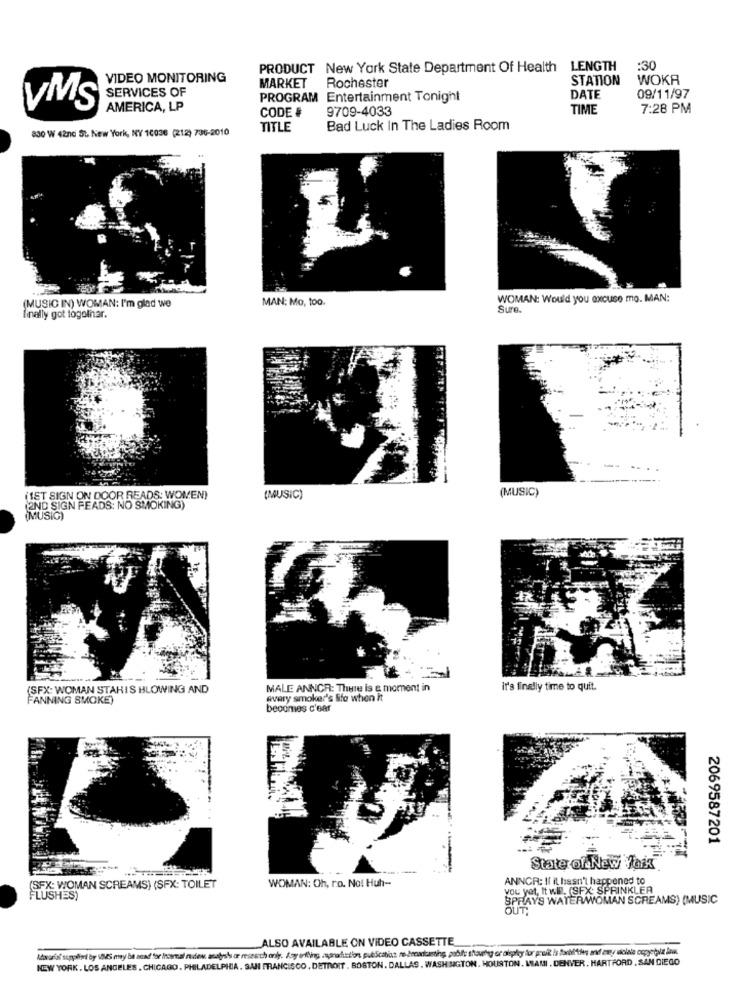
PRODUCT New York State Department Of Health LENGTH
:30
VIDEO MONITORING
Rochester
STATION
WOKA
MARKET
SERVICES OF
PROGRAM Entertainment Tonight
DATE
09/11/97
VMS
AMERICA, LP
CODE #
9709-4033
TIME
7:28 PM
830 W 42nc St. New York, NY 10036 (212) 736-2010
TITLE
Bad Luck In The Ladies Room
MAN: Mo, too.
WOMAN: Would you excuse mo. MAN:
(MUSIC IN) WOMAN: I'm glad we
Sure.
finally got togolnar.
(MUSIC)
(IST SIGN ON DOOR READS: WOMEN)
(MUSIC)
(2ND SIGN FEADS; NO SMOKING)
(MUSIG)
(SFX: WOMAN STAHIS HLOWING AND
MALE ANNCR: There is & moment in
It's finally time to quit.
FANNING SMOKE)
every smoker's Bifo when it
becomes c'ear
2069587201
State of New York
(SFX: WOMAN SCREAMS) (SFX: TOILET
WOMAN: Oh, ro. No! Huh --
ANNCR: Il it hasn't happened to
you yet, It will. (SFX: SPRINKLER
FLUSHES)
SPRAYS WATER/WOMAN SCREAMS) (MUSIC
ALSO AVAILABLE ON VIDEO CASSETTE
Manual supplied by VMS may ba anad for Inormal nifew, analysts or research only. Any erfling znanaduction, publication re-broadcasting, pabife thaurh or alsphey for pruik Is farblthes and zaty uolale copyetwa Jak.
NEW YORK . LOS ANGELES , CHICAGO, PHILADELPHIA. SAN FRANCISCO, DETROIT , BOSTON. DALLAS . WASHINGTON. HOUSTON. MAMI . DENVER. HARTFORD , SAN DIEGO